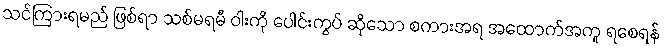
သင်ကြားရမည် ဖြစ်ရာ သစ်မရမီ ဝါးကို ပေါင်းကွပ် ဆိုသော စကားအရ အထောက်အကူ ရစေရန်